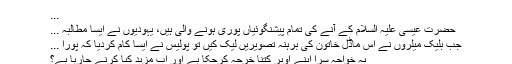
...
حضرت عیسٰی علیہ السلام کے آنے کی تمام پیشنگوئیاں پوری ہونے والی ہیں، یہودیوں نے ایسا مطالبہ ...
جب بلیک میلروں نے اس ماڈل خاتون کی برہنہ تصویریں لیک کیں تو پولیس نے ایسا کام کردیا کہ پورا ...
یہ خواجہ سرا اپنے اوپر کتنا خرچہ کرچکا ہے اور اب مزید کیا کرنے جارہا ہے؟